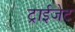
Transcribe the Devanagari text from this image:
ट्राईजेट